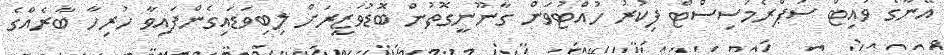
އޭނާގެ ވައިޓް ސުޕްރެމަސިސްޓް ފިކުރު ހުއްޓުވަން ގާނޫނީގޮތުން ބޮޑުވަޒީރަށް ލިބިވަޑައިގެންފައިވާ ހުރިހާ ބާރެއްގެ